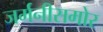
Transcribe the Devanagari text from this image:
जर्मनीसमोर